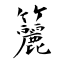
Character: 籭